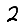
Digit: 2